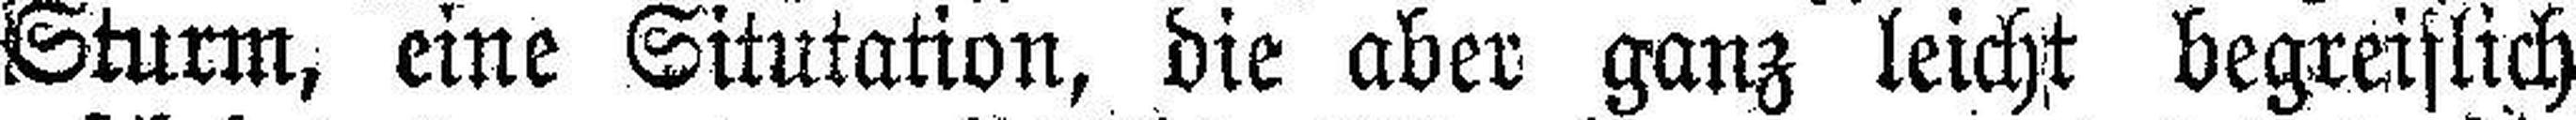
Sturm, eine Situtation, die aber ganz leicht begreiflich